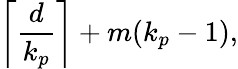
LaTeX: \left\lceil\frac{d}{k_{p}}\right\rceil+m(k_{p}-1),